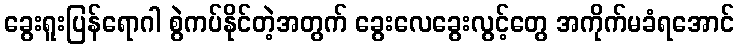
ခွေးရူးပြန်ရောဂါ စွဲကပ်နိုင်တဲ့အတွက် ခွေးလေခွေးလွင့်တွေ အကိုက်မခံရအောင်